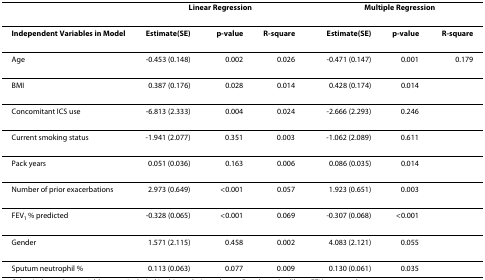
<table><thead><tr><td></td><td colspan="3"><b>Linear Regression</b></td><td></td><td colspan="3"><b>Multiple Regression</b></td></tr></thead><tbody><tr><td><b>Independent Variables in Model</b></td><td><b>Estimate(SE)</b></td><td><b>p-value</b></td><td><b>R-square</b></td><td></td><td><b>Estimate(SE)</b></td><td><b>p-value</b></td><td><b>R-square</b></td></tr><tr><td>Age</td><td>-0.453 (0.148)</td><td>0.002</td><td>0.026</td><td></td><td>-0.471 (0.147)</td><td>0.001</td><td>0.179</td></tr><tr><td>BMI</td><td>0.387 (0.176)</td><td>0.028</td><td>0.014</td><td></td><td>0.428 (0.174)</td><td>0.014</td><td></td></tr><tr><td>Concomitant ICS use</td><td>-6.813 (2.333)</td><td>0.004</td><td>0.024</td><td></td><td>-2.666 (2.293)</td><td>0.246</td><td></td></tr><tr><td>Current smoking status</td><td>-1.941 (2.077)</td><td>0.351</td><td>0.003</td><td></td><td>-1.062 (2.089)</td><td>0.611</td><td></td></tr><tr><td>Pack years</td><td>0.051 (0.036)</td><td>0.163</td><td>0.006</td><td></td><td>0.086 (0.035)</td><td>0.014</td><td></td></tr><tr><td>Number of prior exacerbations</td><td>2.973 (0.649)</td><td>&lt;0.001</td><td>0.057</td><td></td><td>1.923 (0.651)</td><td>0.003</td><td></td></tr><tr><td>FEV<sub>1 </sub>% predicted</td><td>-0.328 (0.065)</td><td>&lt;0.001</td><td>0.069</td><td></td><td>-0.307 (0.068)</td><td>&lt;0.001</td><td></td></tr><tr><td>Gender</td><td>1.571 (2.115)</td><td>0.458</td><td>0.002</td><td></td><td>4.083 (2.121)</td><td>0.055</td><td></td></tr><tr><td>Sputum neutrophil %</td><td>0.113 (0.063)</td><td>0.077</td><td>0.009</td><td></td><td>0.130 (0.061)</td><td>0.035</td><td></td></tr></tbody></table>